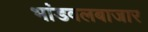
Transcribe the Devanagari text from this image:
भांडवलबाजार